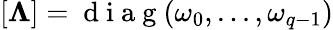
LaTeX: [\mathbf{\Lambda}]=\mathrm{~d~i~a~g~}(\omega_{0},...,\omega_{q-1})